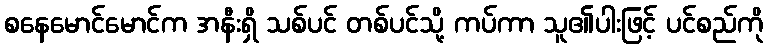
စနေမောင်မောင်က အနီးရှိ သစ်ပင် တစ်ပင်သို့ ကပ်ကာ သူ၏ပါးဖြင့် ပင်စည်ကို